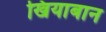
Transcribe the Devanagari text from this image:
खियाबान